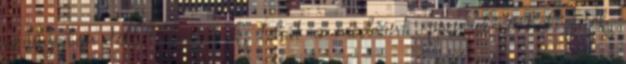
arányaiban többet kapjanak, tehát a mediánt éppen elérő hallgatók